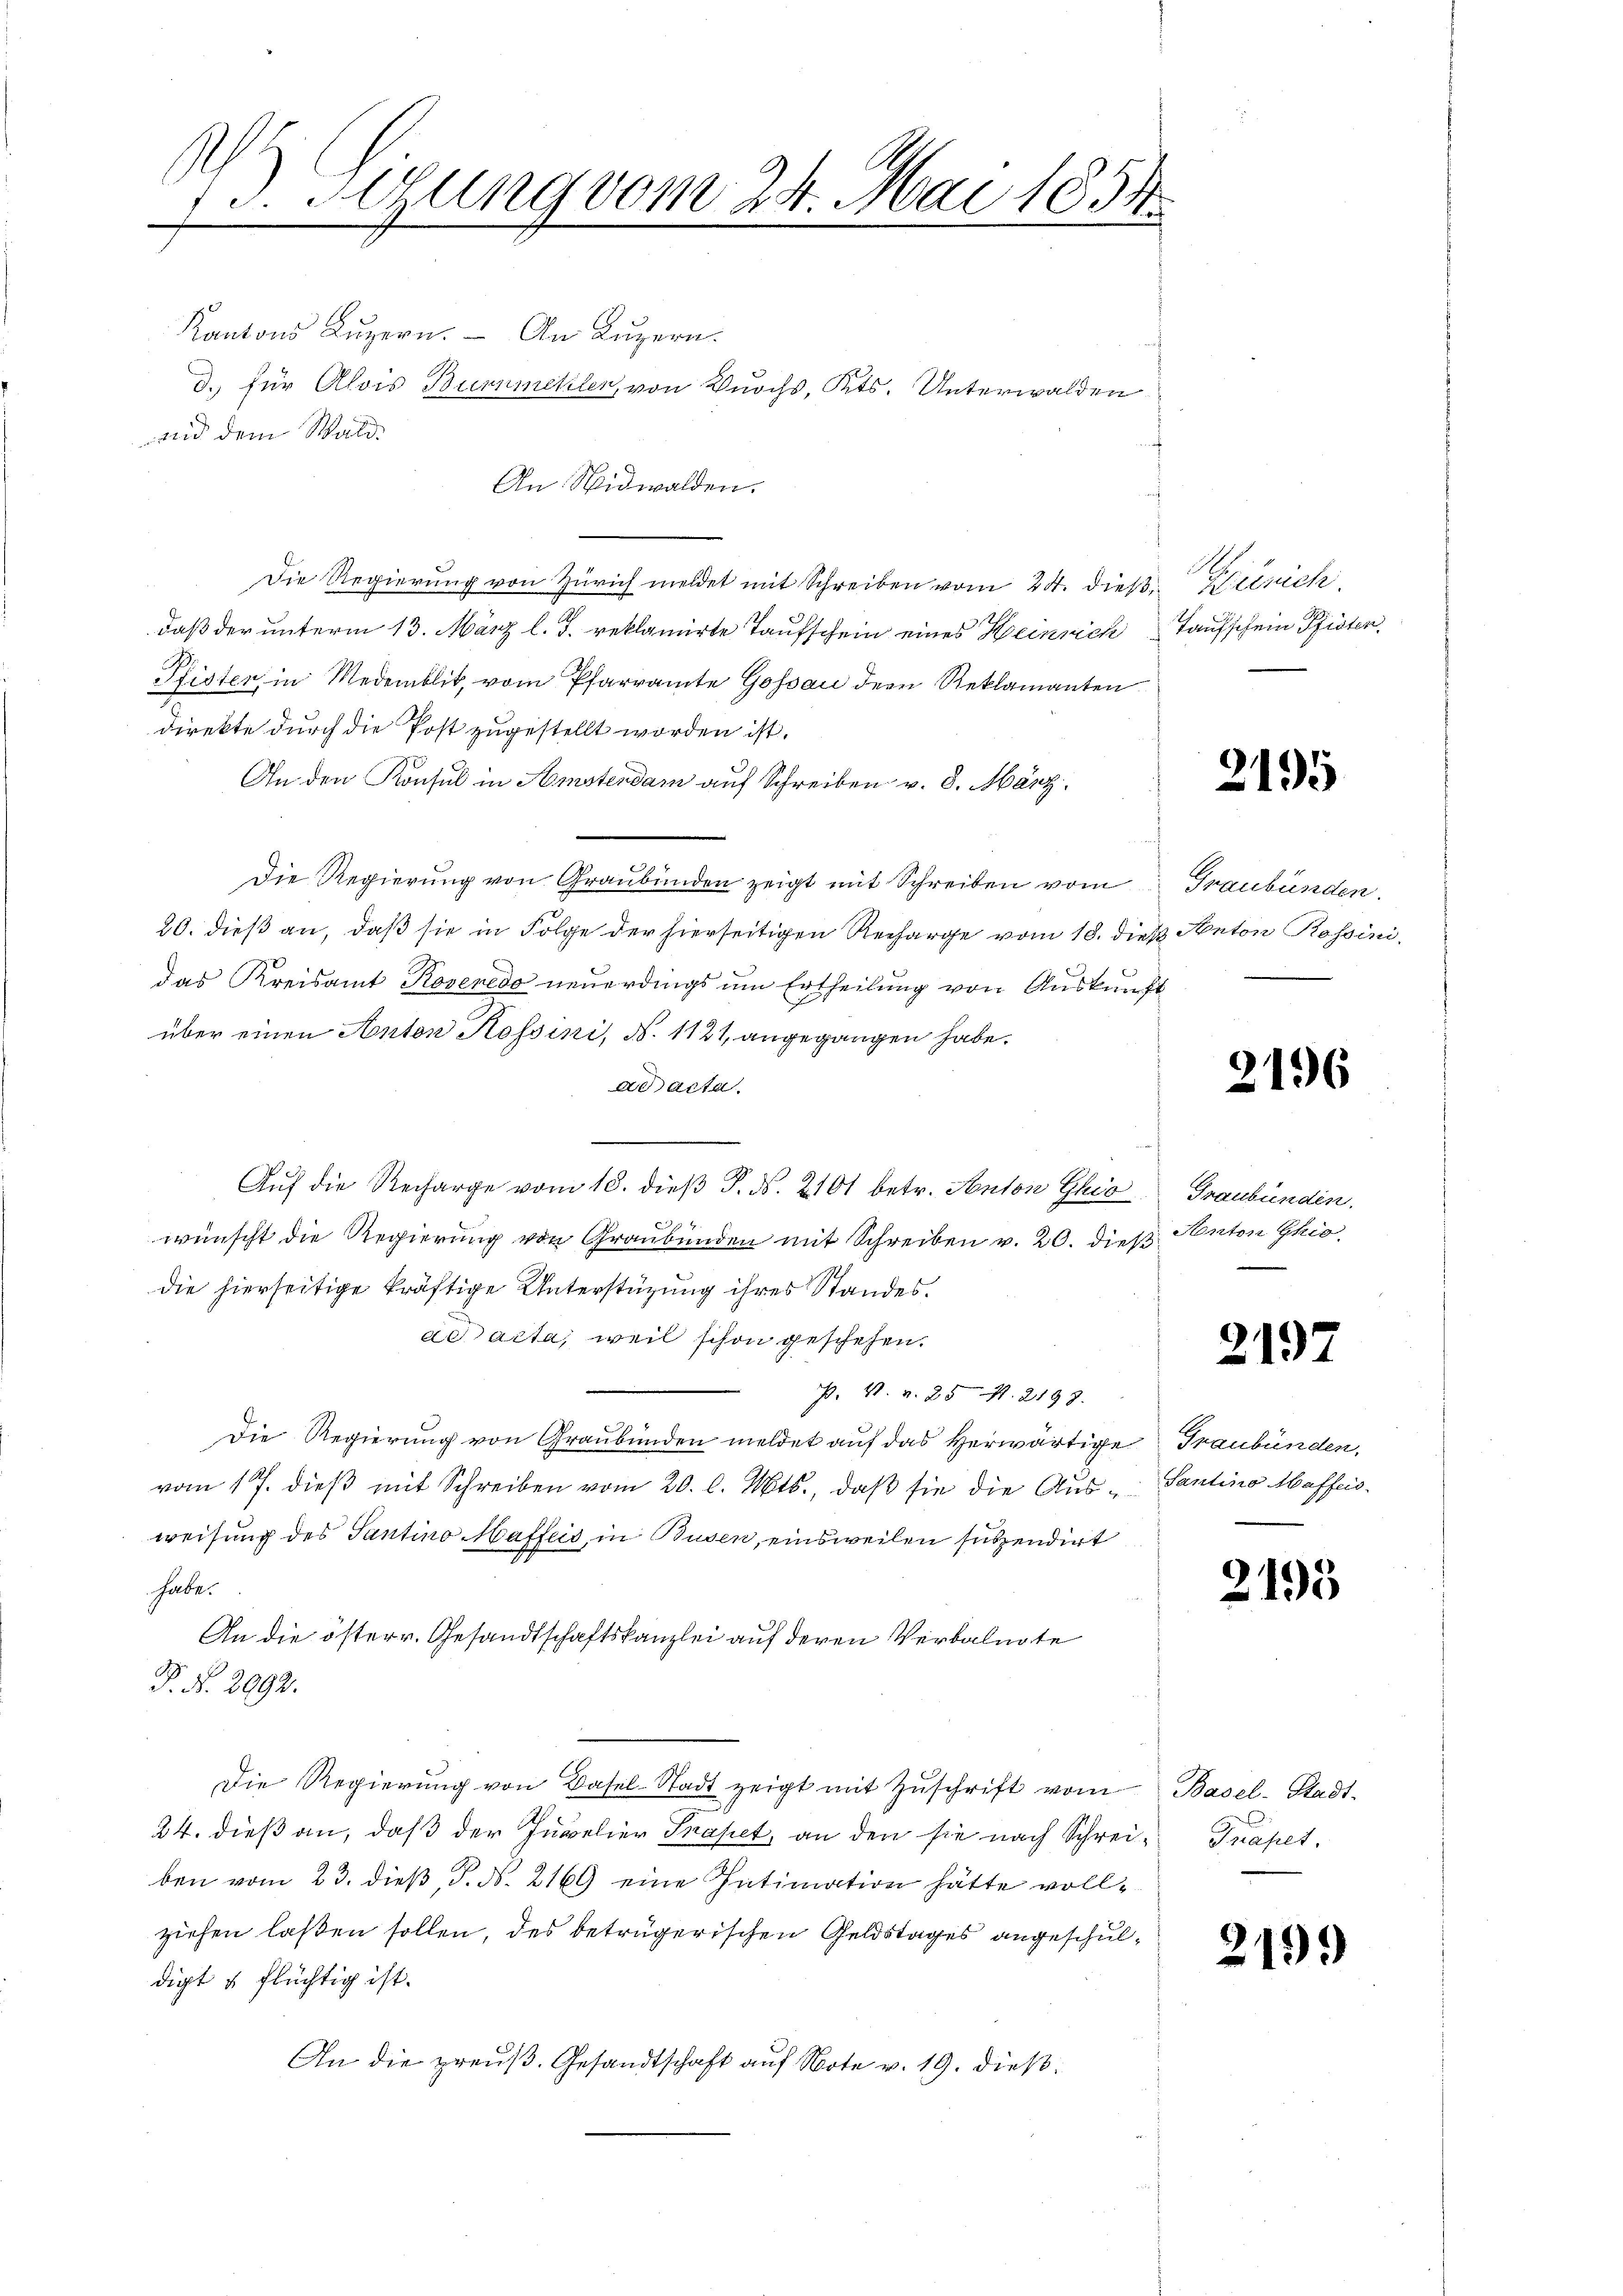
3. Sitzung vom 24. Mai 1858.

Kantons Luzern. An Luzern.
Die Regierung von Zürich meldet mit Schreiben vom 24. dieß,
daß der unterm 13. März l. J. reklamirte Taufschein eines Heinrich
Pfister, in Medemblik, vom Pfarramte Gossau der Reklamanten
direkte durch die Post zugestellt worden ist.
An den Konsul in Amstendam auf Schreiben v. 8. März
Die Regierung von Graubünden zeigt mit Schreiben vom
20. dieß an, daß sie in Folge der hierseitigen Recharge vom 18. dieß Anton Rossini.
das Kreisamt Roveredo neuerdings um Ertheilung von Auskunft
über einen Anton Rossini, N. 1121, angegangen habe.
ad acta.
Aŭf die Recharge vom 18. dieβ P. d. 2101 betr. Kanton Glio Graubünden.
34
wünscht die Regierung von Graubünden mit Schreiben v. 20. dieß Anton Gio
die hierseitige kräftige Unterstüzung ihres Standes.
ad acta, weil schon geschehen.
P. V. v. 251. 2199.
1
Die Regierung von Graubünden meldet auf das herwärtige Graubünden,
vom 17. dieß mit Schreiben vom 20. l. Mts., daß sie die Aus-Santino Maffeeweisung des Santino Maffeis, in Busen, einsweilen sitzendirt
habe.
An die österr. Gesandtschaftskanzlei auf deren Verbalngte
P. Nr. 2992.
Die Regierŭng von Basel-Stadt zeigt mit Zŭschrift vom Basel-Stadt-
24. dieß an, daß der Juwelier Phaset, an den sie nach Schreiben vom 23. dieß, P. Nr. 2169 eine Intimation hätte vollziehen laßen sollen, des beträgerischen Geldstages angeschuldigt & flüchtig ist.
An die preuß. Gesandtschaft auf Note v. 19. dieß

d. für Alois Bummehler, von Wuchs, Kts. Unterwalden
nid dem Wald.

An Nidwalden.

Gelrich.
Taufschein Pfisten.

2195

Graubünden.

2196

2197

2195

Präset.

2199